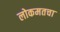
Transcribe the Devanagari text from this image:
लोकमतचा